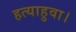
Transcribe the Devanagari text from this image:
हत्याहुवा।